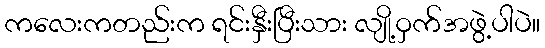
ကလေးကတည်းက ရင်းနှီးပြီးသား လျို့ဝှက်အဖွဲ့ပါပဲ။